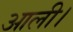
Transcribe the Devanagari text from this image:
आली।